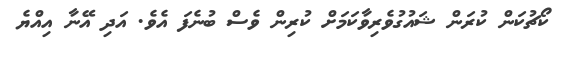
ކޯޗުކަން ކުރަން ޝައުގުވެރިވާކަމަށް ކުރިން ވެސް ބުނެފަ އެވެ. އަދި އޭނާ އިއްޔެ